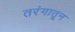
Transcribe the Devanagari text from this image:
तरंगातून